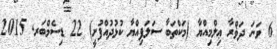
6 ވަނަ ދަޥްރާ ޢިލްމިއްޔާ (މަކްތަބާ ސަލަފިއްޔާ ކުޅުދުއްފުށީ) 22 ޑިސެމްބަރ